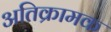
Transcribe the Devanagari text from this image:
अतिक्रामक